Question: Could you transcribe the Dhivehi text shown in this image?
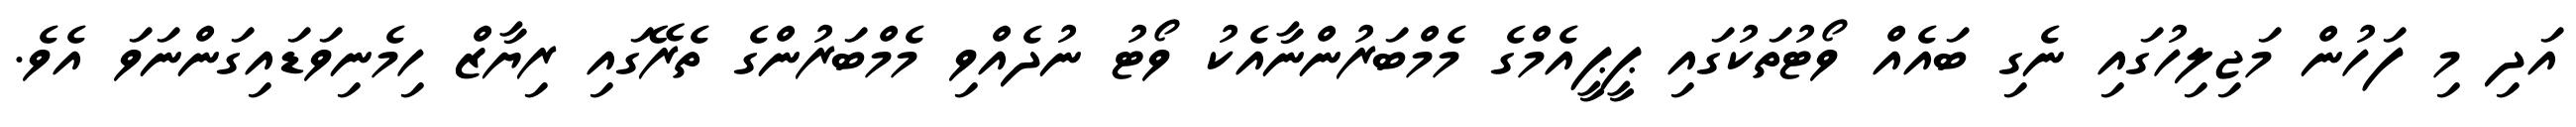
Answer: އަދި މި ފަހުން މަޖިލިހުގައި ނެގި ބައެއް ވޯޓުތަކުގައި ޕީޕީއެމްގެ މެމްބަރުންނާއެކު ވޯޓު ނުދެއްވި މެމްބަރުންގެ ތެރޭގައި ރިޔާޒް ހިމެނިވަޑައިގަންނަވަ އެވެ.